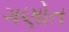
ગણોત